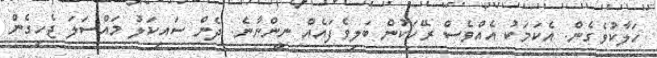
ހަލާކުވެގެން. އެކަމަކު އެއްވެސް ރޭހަކުން ބަލިވެފައެއް ނީންނާނެ. ދެން ސައިކަލު މައްސަލަ ޖެހިގެން